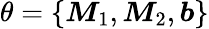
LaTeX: \theta=\{ \boldsymbol{\mathit{M}}_{1},\boldsymbol{\mathit{M}}_{2},\boldsymbol{b}\}